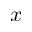
x